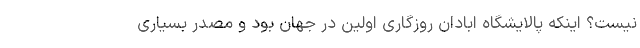
نیست؟ اینکه پالایشگاه ابادان روزگاری ‌اولین در جهان بود و مصدر بسیاری